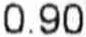
0.90